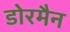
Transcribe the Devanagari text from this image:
डोरमैन